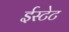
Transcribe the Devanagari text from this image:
ईस्टेट